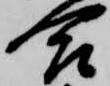
合